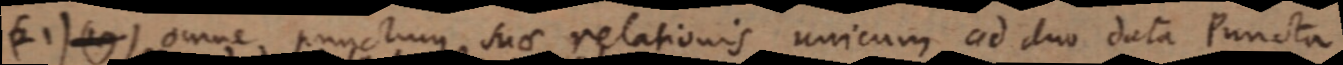
(21) (19) omne punctum suae relationis unicum ad duo data Puncta